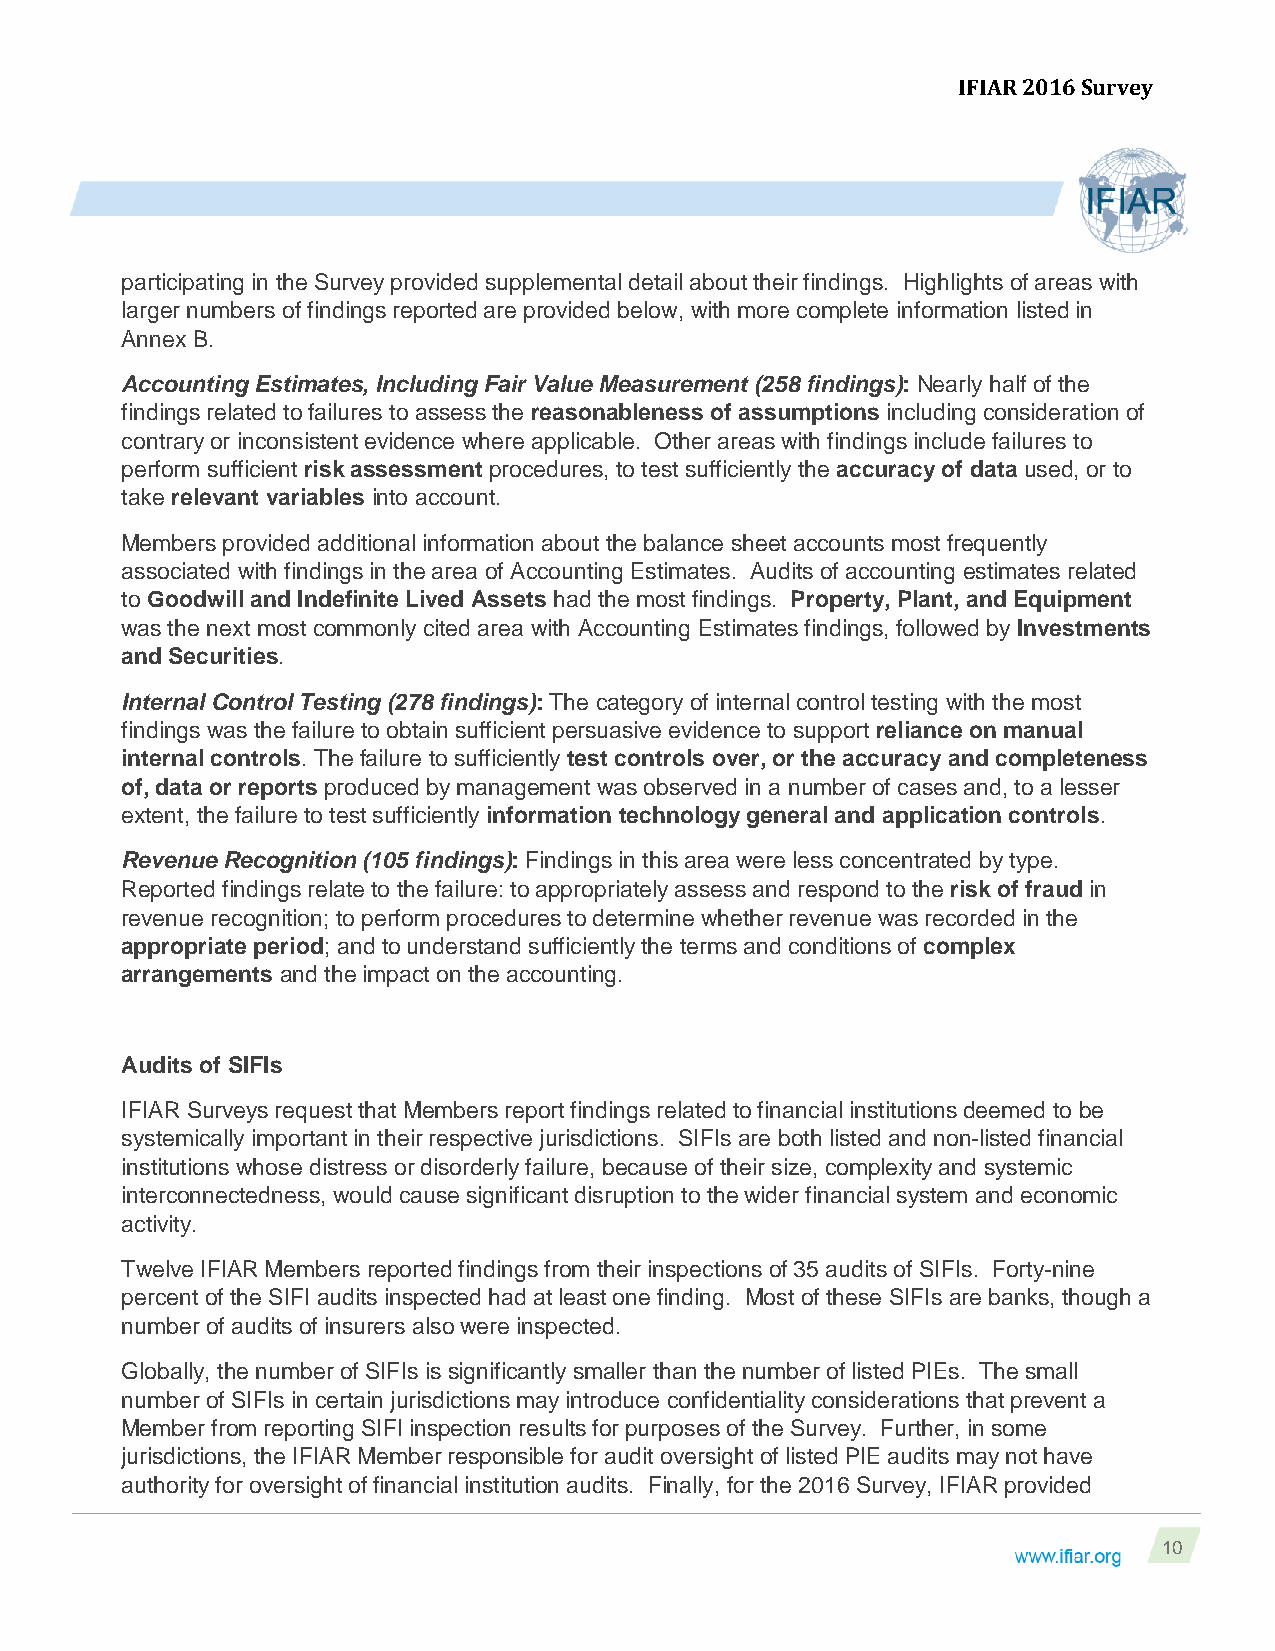
IFIAR 2016 Survey
 participating in the Survey provided supplemental detail about their findings. Highlights of areas with
 larger numbers of findings reported are provided below, with more complete information listed in
 Annex B.
 Accounting Estimates, Including Fair Value Measurement (258 findings): Nearly half of the
 findings related to failures to assess the reasonableness of assumptions including consideration of
 contrary or inconsistent evidence where applicable. Other areas with findings include failures to
 perform sufficient risk assessment procedures, to test sufficiently the accuracy of data used, or to
 take relevant variables into account.
 Members provided additional information about the balance sheet accounts most frequently
 associated with findings in the area of Accounting Estimates. Audits of accounting estimates related
 to Goodwill and Indefinite Lived Assets had the most findings. Property, Plant, and Equipment
 was the next most commonly cited area with Accounting Estimates findings, followed by Investments
 and Securities.
 Internal Control Testing (278 findings): The category of internal control testing with the most
 findings was the failure to obtain sufficient persuasive evidence to support reliance on manual
 internal controls. The failure to sufficiently test controls over, or the accuracy and completeness
 of, data or reports produced by management was observed in a number of cases and, to a lesser
 extent, the failure to test sufficiently information technology general and application controls.
 Revenue Recognition (105 findings): Findings in this area were less concentrated by type.
 Reported findings relate to the failure: to appropriately assess and respond to the risk of fraud in
 revenue recognition; to perform procedures to determine whether revenue was recorded in the
 appropriate period; and to understand sufficiently the terms and conditions of complex
 arrangements and the impact on the accounting.
 Audits of SIFIs
 IFIAR Surveys request that Members report findings related to financial institutions deemed to be
 systemically important in their respective jurisdictions. SIFIs are both listed and non-listed financial
 institutions whose distress or disorderly failure, because of their size, complexity and systemic
 interconnectedness, would cause significant disruption to the wider financial system and economic
 activity.
 Twelve IFIAR Members reported findings from their inspections of 35 audits of SIFIs. Forty-nine
 percent of the SIFI audits inspected had at least one finding. Most of these SIFIs are banks, though a
 number of audits of insurers also were inspected.
 Globally, the number of SIFIs is significantly smaller than the number of listed PIEs. The small
 number of SIFIs in certain jurisdictions may introduce confidentiality considerations that prevent a
 Member from reporting SIFI inspection results for purposes of the Survey. Further, in some
 jurisdictions, the IFIAR Member responsible for audit oversight of listed PIE audits may not have
 authority for oversight of financial institution audits. Finally, for the 2016 Survey, IFIAR provided
 10